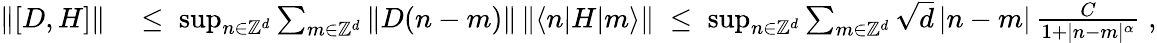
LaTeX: \begin{array}{rl}{\| [D,H]\| }&{\; \leq\; \operatorname*{sup}_{n\in{\mathbb Z}^{d}}\sum_{m\in{\mathbb Z}^{d}}\| D(n-m)\| \, \| \langle n|H|m\rangle\| \; \leq\; \operatorname*{sup}_{n\in{\mathbb Z}^{d}}\sum_{m\in{\mathbb Z}^{d}}\sqrt{d}\, |n-m|\, \frac{C}{1+|n-m|^{\alpha}}\; ,}\end{array}